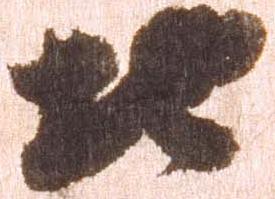
地